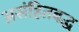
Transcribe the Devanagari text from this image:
असंहितबद्ध